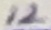
Text: 12